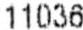
11036